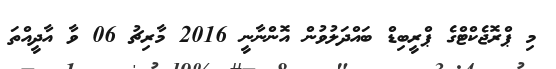
މި ޕްރޮޖެކްޓްގެ ޕްރީބިޑް ބައްދަލުވުން އޮންނާނީ 2016 މާރިޗު 06 ވާ އާދީއްތަ